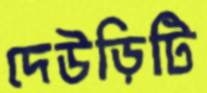
দেউড়িটি